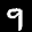
Label: 9